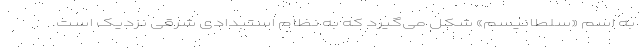
به اسم «سلطانیسم» شکل می‌گیرد که به نظام استبدادی شرقی نزدیک است.